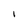
Character: I